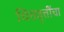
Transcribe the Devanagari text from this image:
चित्तवृत्तींचा